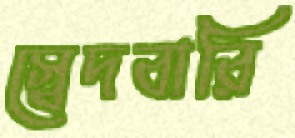
স্বেদবারি